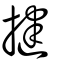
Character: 揵